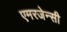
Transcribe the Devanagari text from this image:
एमरजेन्सी